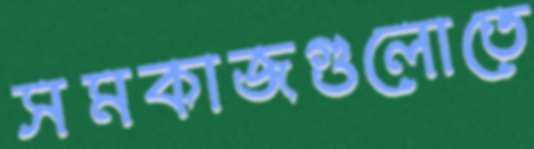
সমকাজগুলোতে